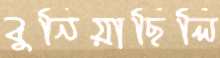
বুনিয়াছিলি